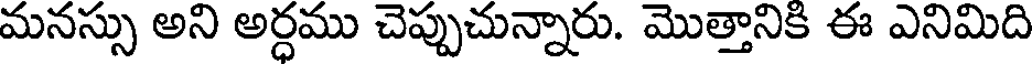
మనస్సు అని అర్ధము చెప్పుచున్నారు. మొత్తానికి ఈ ఎనిమిది